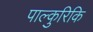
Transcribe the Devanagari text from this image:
पाल्कुरिकि